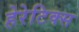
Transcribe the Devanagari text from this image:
हेरेटिक्स